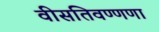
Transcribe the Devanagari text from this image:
वीसतिवण्णणा